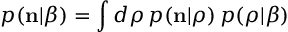
p ( { \bf n } | \beta ) = \int d \boldsymbol { \rho } \, p ( { \bf n } | \boldsymbol { \rho } ) \, { p } ( \boldsymbol { \rho } | \beta )